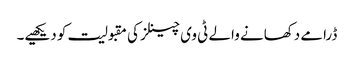
ڈرامے دکھانے والے ٹی وی چینلز کی مقبولیت کو دیکھیے۔